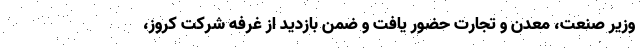
وزیر صنعت، معدن و تجارت حضور یافت و ضمن بازدید از غرفه شرکت کروز،